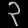
Digit: ၃